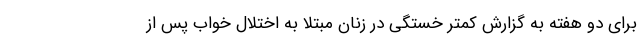
برای دو هفته به گزارش کمتر خستگی در زنان مبتلا به اختلال خواب پس از